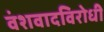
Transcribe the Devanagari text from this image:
वंशवादविरोधी